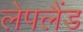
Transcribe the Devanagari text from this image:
लेपलैंड